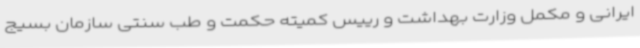
ایرانی و مکمل وزارت بهداشت و رییس کمیته حکمت و طب سنتی سازمان بسیج